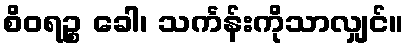
စိဝရဉ္စ ခေါ၊ သင်္ကန်းကိုသာလျှင်။